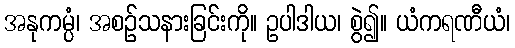
အနုကမ္ပံ၊ အစဉ်သနားခြင်းကို။ ဥပါဒါယ၊ စွဲ၍။ ယံကရဏီယံ၊